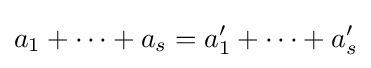
a_{1}+\cdots +a_{s}=a_{1}'+\cdots +a_{s}'